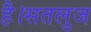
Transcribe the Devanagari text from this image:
है।सतलुज